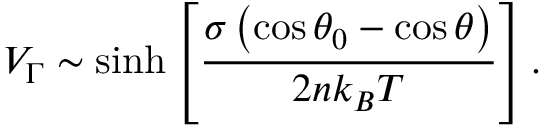
V _ { \Gamma } \sim \sinh \left[ \frac { \sigma \left( \cos \theta _ { 0 } - \cos \theta \right) } { 2 n k _ { B } T } \right] .